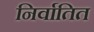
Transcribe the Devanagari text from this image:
निर्वातित